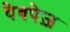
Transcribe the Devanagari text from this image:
वेबपेज़